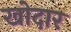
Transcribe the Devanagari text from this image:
खोदार